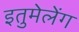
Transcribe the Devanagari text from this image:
इतुमेलेंग